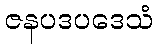
ဇနပဒပဒေသံ